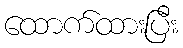
ထောက်ထားပြီး